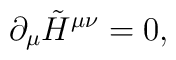
\partial_\mu \tilde{H}^{\mu \nu }=0  ,